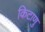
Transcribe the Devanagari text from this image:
किटाणु